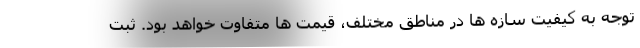
توجه به کیفیت سازه ها در مناطق مختلف، قیمت ها متفاوت خواهد بود. ثبت